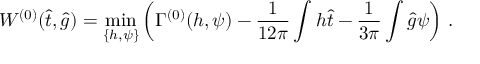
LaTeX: W ^ { ( 0 ) } ( \hat { t } , \hat { g } ) = \operatorname * { m i n } _ { \{ h , \psi \} } \left( \Gamma ^ { ( 0 ) } ( h , \psi ) - \frac { 1 } { 1 2 \pi } \int h \hat { t } - \frac { 1 } { 3 \pi } \int \hat { g } \psi \right) \, .